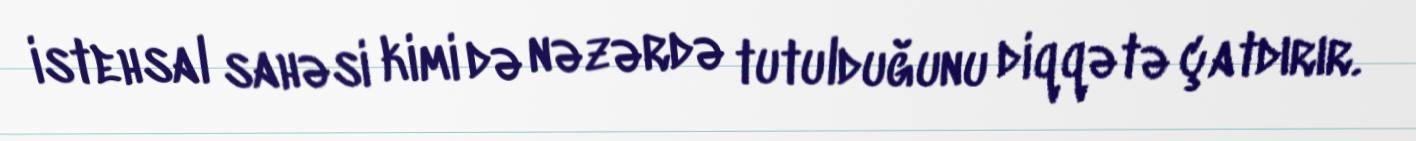
istehsal sahəsi kimi də nəzərdə tutulduğunu diqqətə çatdırır.